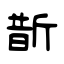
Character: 斮